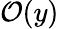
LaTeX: \mathcal O(y)